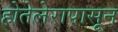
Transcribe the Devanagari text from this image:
होतेलेरापासून